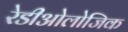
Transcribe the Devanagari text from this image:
रेडीओलोजिक